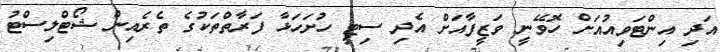
އަދި އިންޓަވިއުއަށް ހޮވޭނީ ވަޒީފާއަށް އެދި ސިޓީ ހުށަހަޅާ ފަރާތްތަކުގެ ތެރެއިން ޝޯޓްލިސްޓު